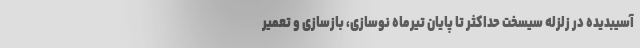
آسیبدیده در زلزله سیسخت حداکثر تا پایان تیرماه نوسازی، بازسازی و تعمیر